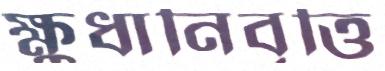
ক্ষুধানিবৃত্তি